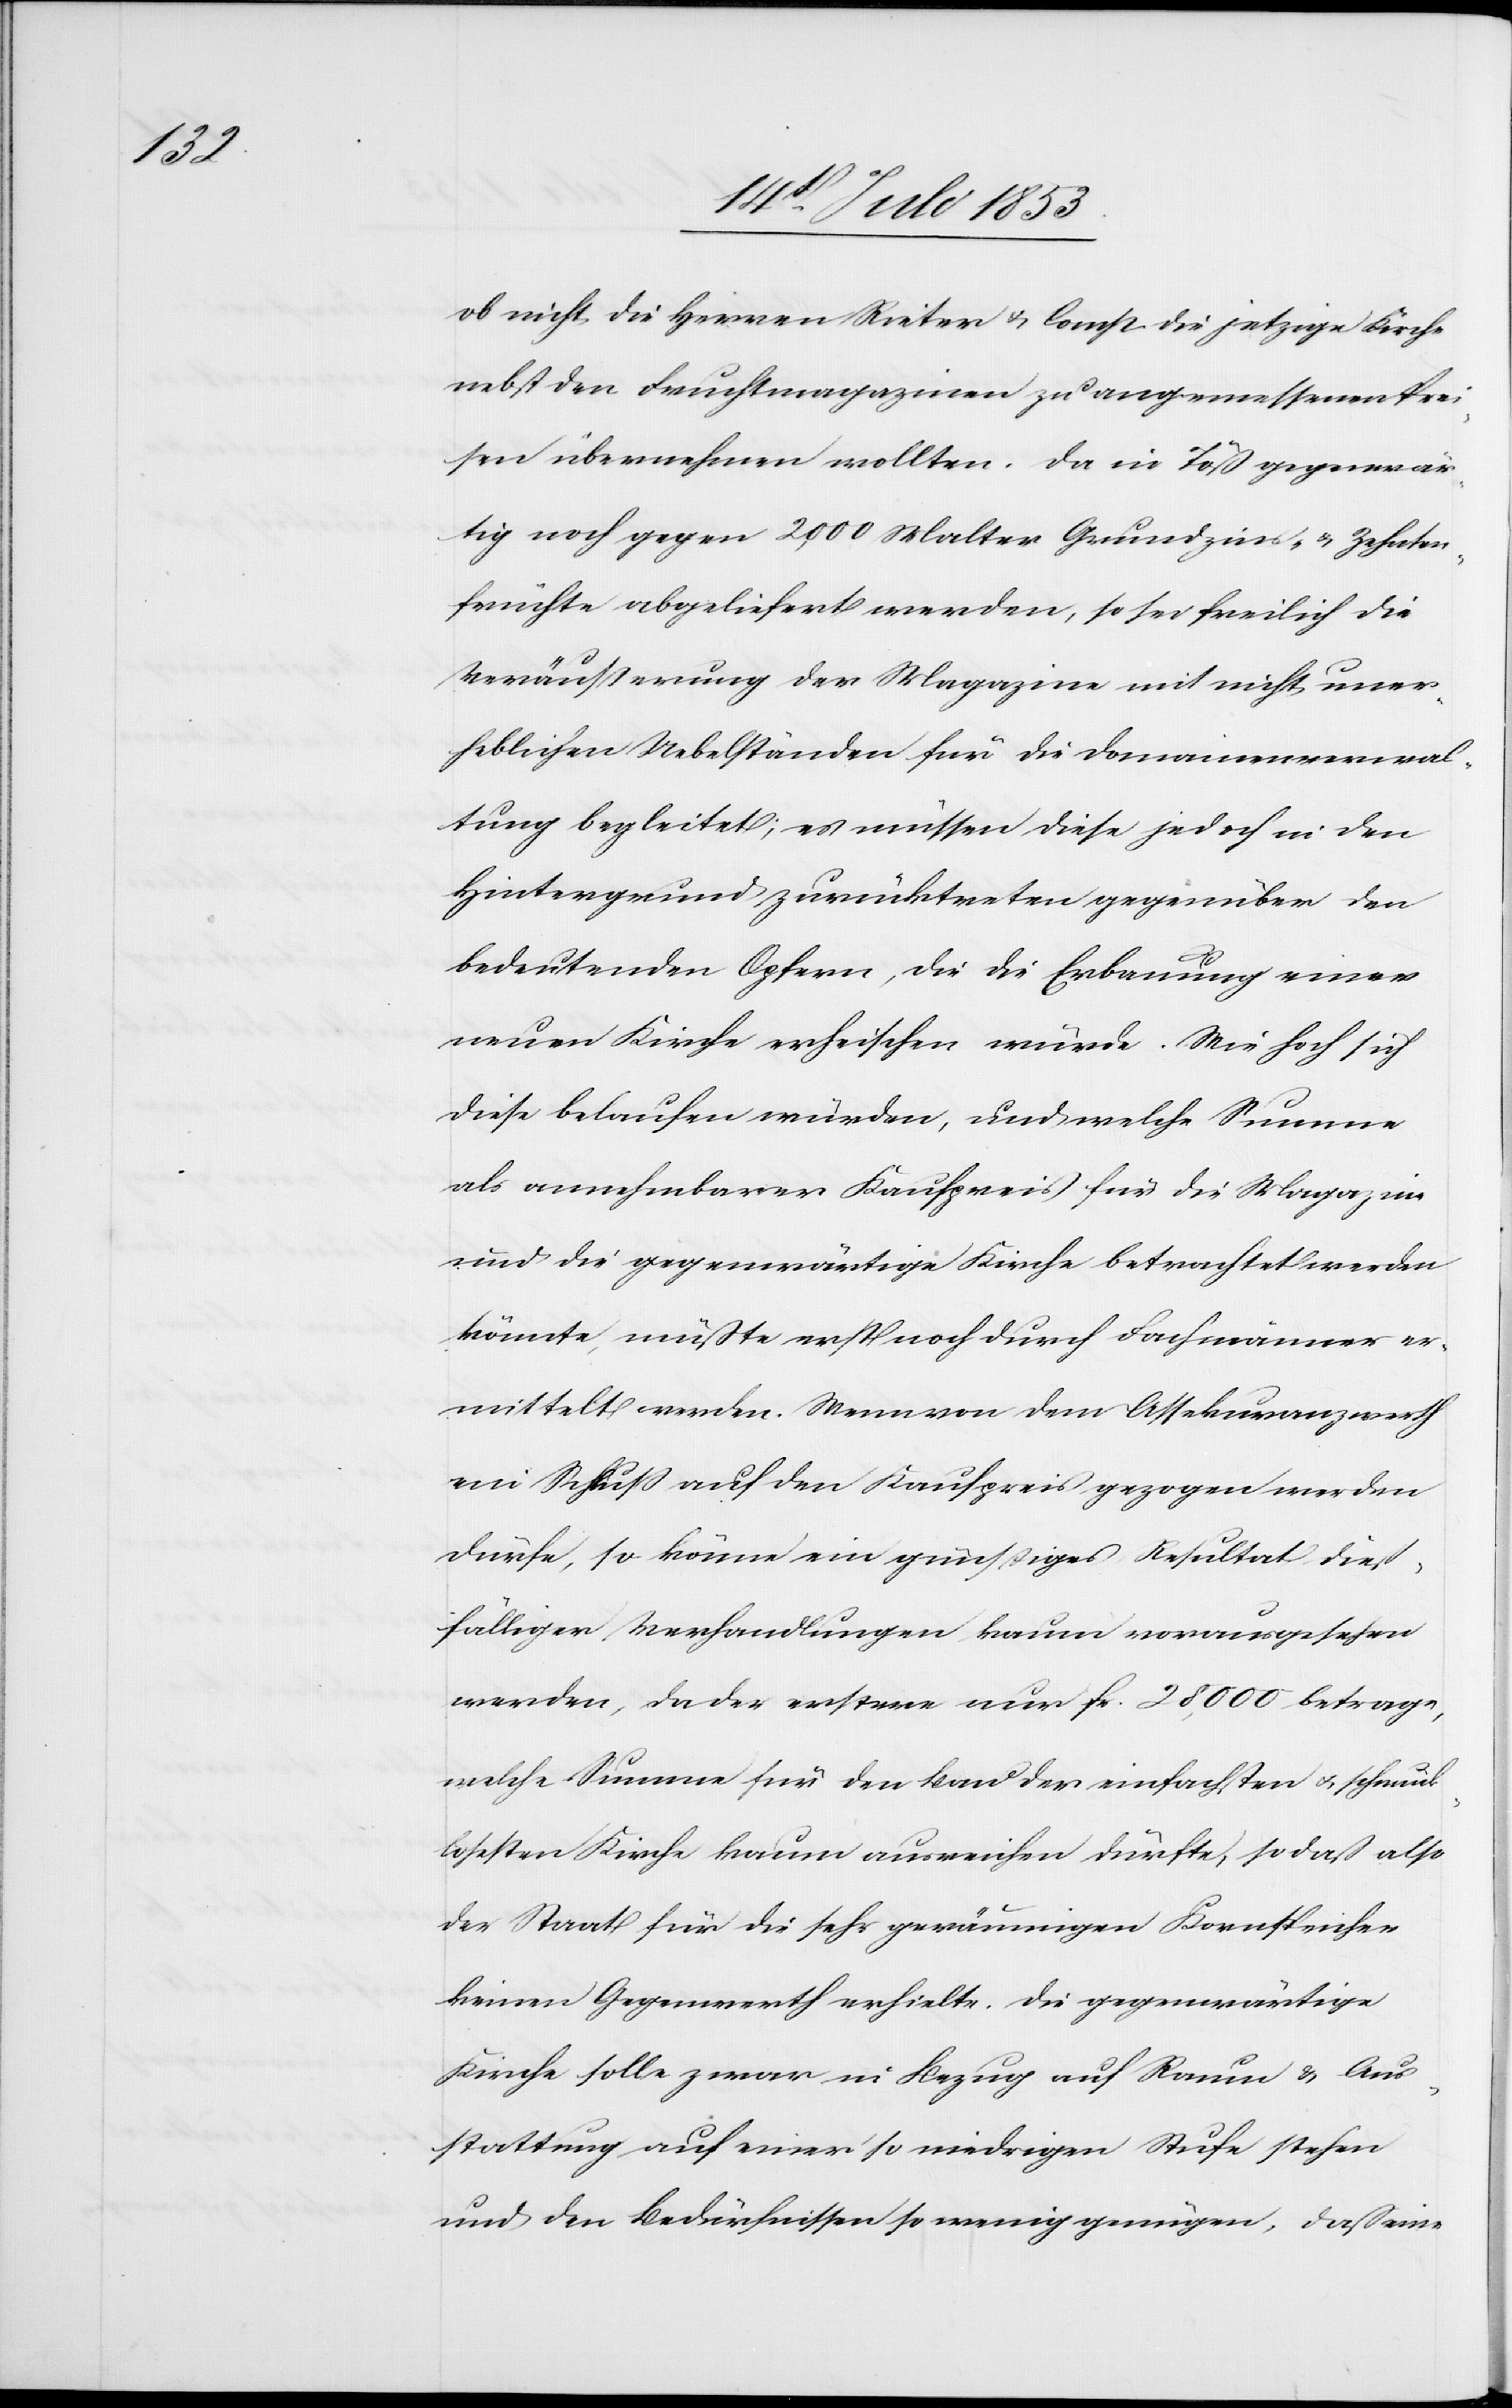
ob nicht die Herren Rieter u. Comp. die jetzige Kirche
nebst den Fruchtmagazinen zu angemessenen Prei¬
sen übernehmen wollten. Da in Töß gegenwär¬
tig noch gegen 2,000 Malter Grundzins- u. Zehnten¬
früchte abgeliefert werden, so sei freilich die
Veräußerung der Magazine mit nicht uner¬
heblichen Uebelständen für die Domainenverwal¬
tung begleitet; es müssen diese jedoch in den
Hintergrund zurücktreten gegenüber den
bedeutenden Opfern, die die Erbauung einer
neuen Kirche erheischen würde. Wie hoch sich
diese belaufen würden, und welche Summe
als annehmbarer Kaufpreis für die Magazine
und die gegenwärtige Kirche betrachtet werden
könnte, müßte erst noch durch Fachmänner er¬
mittelt werden. Wenn von dem Assekuranzwerth
ein Schluß auf den Kaufpreis gezogen werden
dürfe, so könne ein günstiges Resultat dieß¬
fälliger Verhandlungen kaum vorausgesehen
werden, da der erstere nur fr. 28,000 betrage,
welche Summe für den Bau der einfachsten u. schmuck¬
losesten Kirche kaum ausreichen dürfte, so daß also
der Staat für die sehr geräumigen Kornspeicher
keinen Gegenwarth erhielte. Die gegenwärtige
Kirche solle zwar in Bezug auf Raum u. Aus¬
stattung auf einer so niedrigen Stufe stehen
und den Bedürfnissen so wenig genügen, daß eine